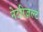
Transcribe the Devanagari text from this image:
नेटरिज़ल्ट